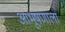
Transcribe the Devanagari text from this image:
आभूषणाला